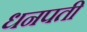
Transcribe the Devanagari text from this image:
धनपती